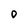
Character: 0